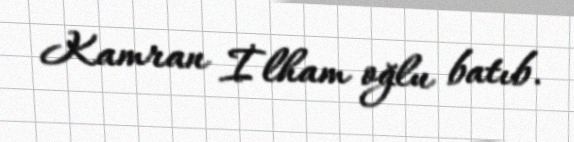
Kamran İlham oğlu batıb.